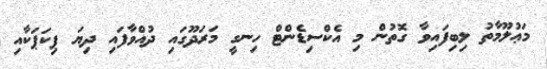
މަޢުލޫމާތު ލިބިފައިވާ ގޮތުން މި އެކްސިޑެންޓް ހިނގީ މަރަދޫގައި ދުއްވާފައި ދިޔަ ޕިކަޕަކާއި